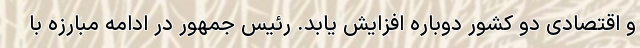
و اقتصادی دو کشور دوباره افزایش یابد. رئیس جمهور در ادامه مبارزه با